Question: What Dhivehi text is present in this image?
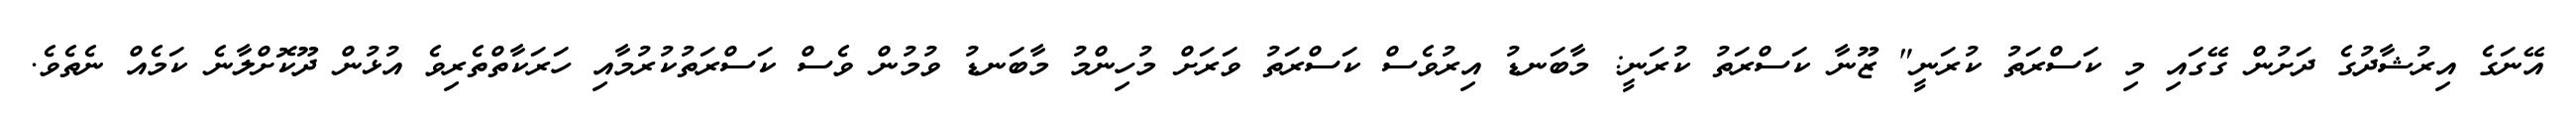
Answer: އޭނަގެ އިރުޝާދުގެ ދަށުން ގޭގައި މި ކަސްރަތު ކުރަނީ" ޒޫނާ ކަސްރަތު ކުރަނީ: މާބަނޑު އިރުވެސް ކަސްރަތު ވަރަށް މުހިންމު މާބަނޑު ވުމުން ވެސް ކަސްރަތުކުރުމާއި ހަރަކާތްތެރިވެ އުޅުން ދޫކޮށްލާނެ ކަމެއް ނެތެވެ.